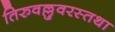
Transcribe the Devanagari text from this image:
तिरुवल्लुवरस्तथा